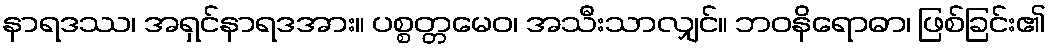
နာရဒဿ၊ အရှင်နာရဒအား။ ပစ္စတ္တမေဝ၊ အသီးသာလျှင်။ ဘဝနိရောဓာ၊ ဖြစ်ခြင်း၏